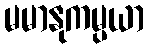
မမာနုကမ္ပယာ